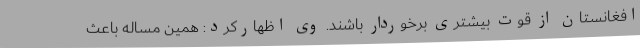
افغانستان از قوت بیشتری برخوردار باشند. وی اظهارکرد: همین مساله باعث